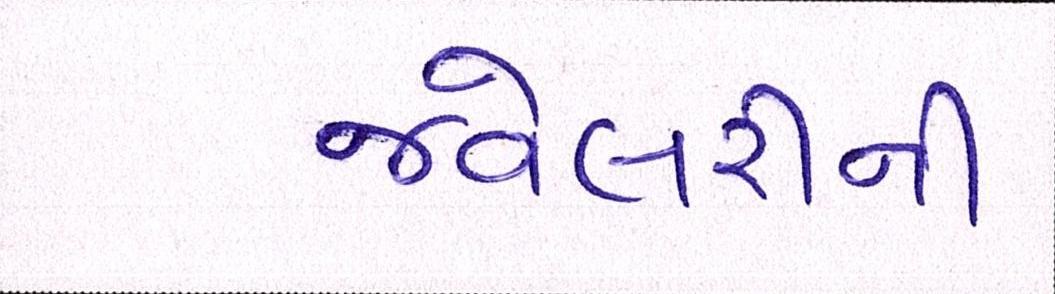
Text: જ્વેલરીની